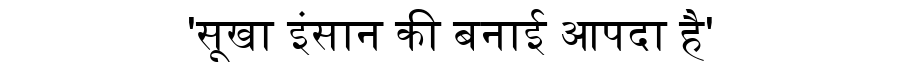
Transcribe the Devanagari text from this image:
'सूखा इंसान की बनाई आपदा है'